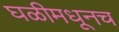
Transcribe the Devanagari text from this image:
घळीमधूनच